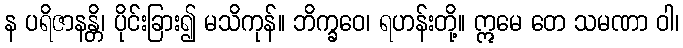
န ပရိဇာနန္တိ၊ ပိုင်းခြား၍ မသိကုန်။ ဘိက္ခဝေ၊ ရဟန်းတို့။ ဣမေ တေ သမဏာ ဝါ၊